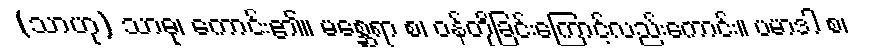
(သာဟု) သာဓု၊ ကောင်း၏။ မစ္ဆေရာ စ၊ ဝန်တိုခြင်းကြောင့်လည်းကောင်း။ ပမာဒါ စ၊